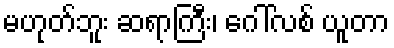
မဟုတ်ဘူး ဆရာကြီး၊ ဂေါ်လစ် ယူတာ